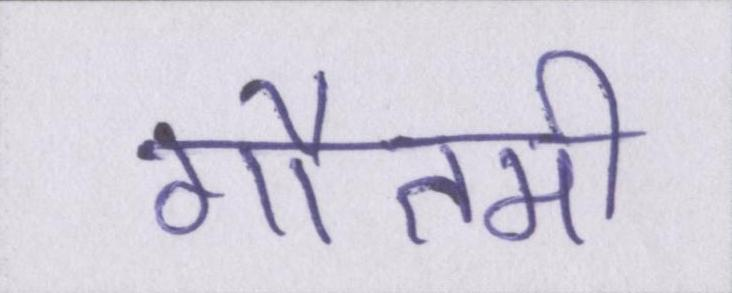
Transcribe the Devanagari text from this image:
गौतमी